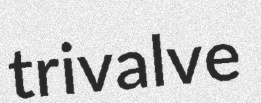
trivalve